Plague in India, 1896, 1897 - Volume 3
Year: 1896
Disease focus: Plague
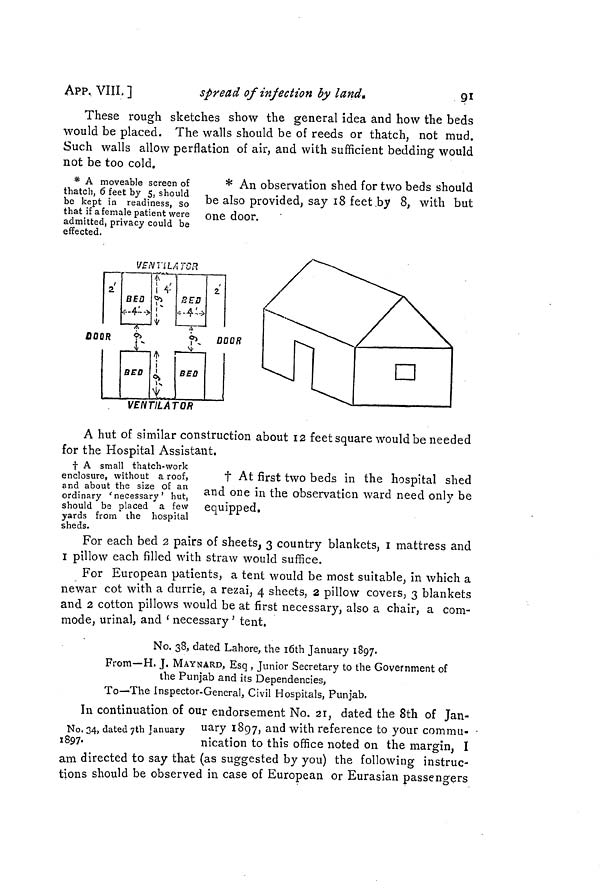
APP. VIII, ]
spread of injection by land.
91
These rough sketches show the general idea and how the beds
would be placed. The walls should be of reeds or thatch, not mud.
Such walls allow perflation of air, and with sufficient bedding would
not be too cold.
* A moveable screen of
thatch, 6 feet by 5, should
be kept in readiness, so
that if a female patient were
admitted, privacy could be
effected.
* An observation shed for two beds should
be also provided, say 18 feet by 8, with but
one door.
A hut of similar construction about 12 feet square would be needed
for the Hospital Assistant.
† A small thatch-work
enclosure, without a roof,
and about the size of an
ordinary 'necessary' hut,
should be placed a few
yards from the hospital
sheds.
† At first two beds in the hospital shed
and one in the observation ward need only be
equipped.
For each bed 2 pairs of sheets, 3 country blankets, 1 mattress and
I pillow each filled with straw would suffice.
For European patients, a tent would be most suitable, in which a
newar cot with a durrie, a rezai, 4 sheets, 2 pillow covers, 3 blankets
and 2 cotton pillows would be at first necessary, also a chair, a com-
mode, urinal, and ' necessary ' tent.
No. 38, dated Lahore, the l0th January 1897.
From—H. J. MAYNARD, Esq , Junior Secretary to the Government of
the Punjab and its Dependencies,
To—The Inspector-General, Civil Hospitals, Punjab.
No. 34, dated 7th January
1897.
In continuation of our endorsement No. 21, dated the 8th of Jan-
uary 1897, and with reference to your commu-
nication to this office noted on the margin. I
am directed to say that (as suggested by you) the tollowing instruc-
tions should be observed in case of European or Eurasian passengers